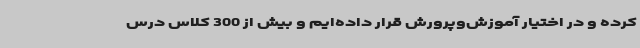
کرده و در اختیار آموزش‌وپرورش قرار داده‌ایم و بیش از 300 کلاس درس